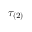
\tau _ { ( 2 ) }